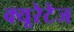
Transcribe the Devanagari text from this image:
क्यूरेटेज